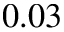
0 . 0 3